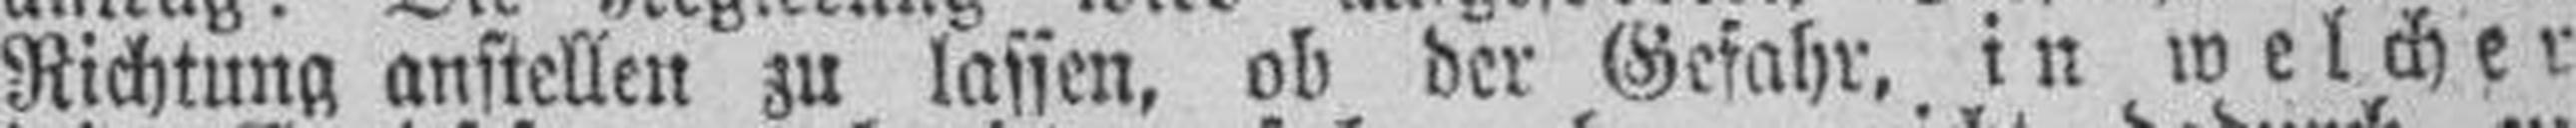
Richtung anstellen zu lassen, ob der Gefahr, in welcher